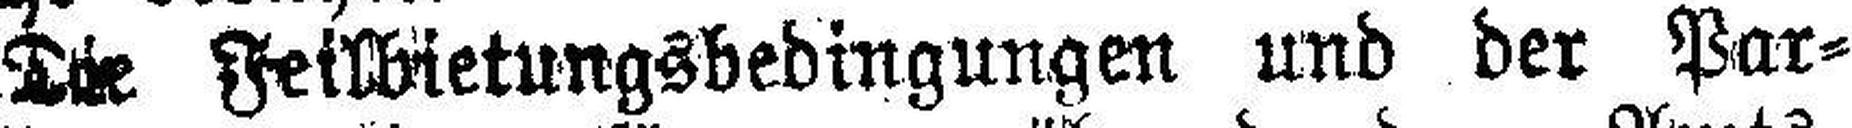
Die Feilbietungsbedingungen und der Par¬